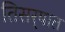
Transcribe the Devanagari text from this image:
तिसर्‍यात